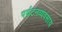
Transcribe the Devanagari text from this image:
पर्यटनव्यवसाय